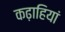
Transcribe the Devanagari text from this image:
कढ़ाहियां